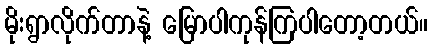
မိုးရွာလိုက်တာနဲ့ မြောပါကုန်ကြပါတော့တယ်။